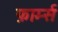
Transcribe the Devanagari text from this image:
फ़ार्म्स